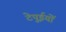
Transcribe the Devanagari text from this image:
टेपुईयों